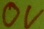
Text: OV